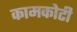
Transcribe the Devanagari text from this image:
कामकोटी